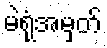
မဲရုံအမှတ်